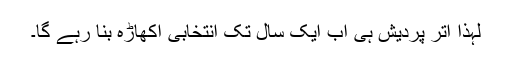
لہٰذا اتر پردیش ہی اب ایک سال تک انتخابی اکھاڑہ بنا رہے گا۔